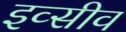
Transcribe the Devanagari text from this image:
इव्सीव